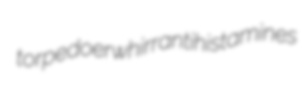
torpedoer whirr antihistamines